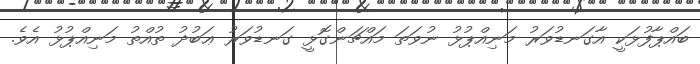
ބައްޕާފުޅަކީ އާގަނޑުވަރު މަނިއްޕުޅު ނުވަތަ މައްޗަންގޮޅީ ގަނޑުވަރު ޢަބުދު ތުއްތު މަނިއްޕުޅު އެވެ.